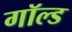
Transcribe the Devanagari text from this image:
गॉल्ड